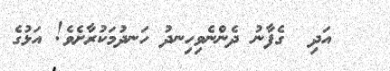
އަދި  ގެފާނު ދެންނެވިހިނދު ހަނދުމަކުރާށެވެ! އަޅުގެ